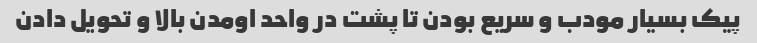
پیک بسیار مودب و سریع بودن تا پشت در واحد اومدن بالا و تحویل دادن